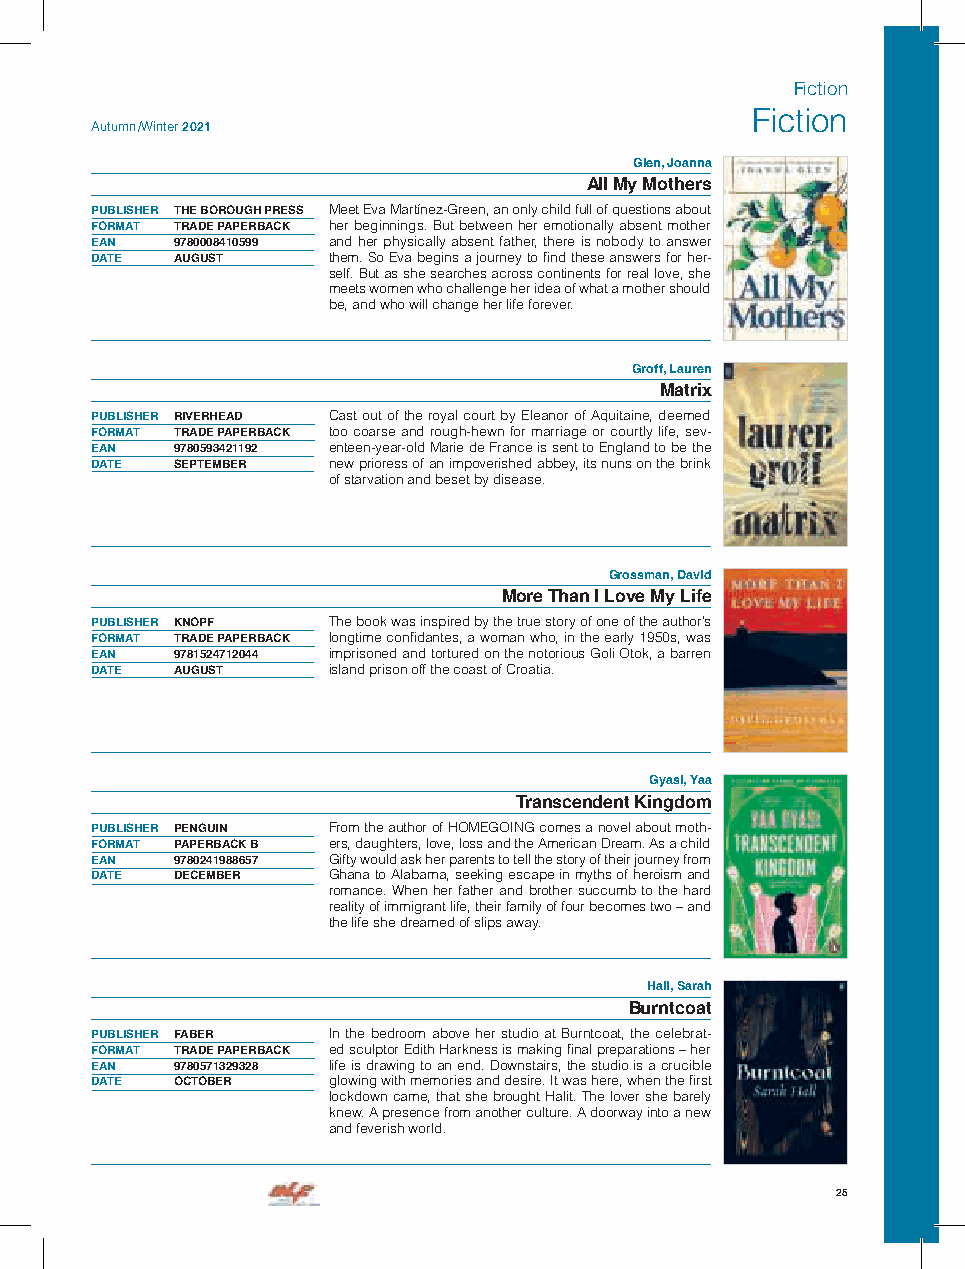
Fiction
 Fiction
 Autumn /Winter 2021
 Glen, Joanna
 All My Mothers
 PUBLISHER THE BOROUGH PRESS Meet Eva Martínez-Green, an only child full of questions about
 FORMAT TRADE PAPERBACK her beginnings. But between her emotionally absent mother
 EAN  9780008410599 and her physically absent father, there is nobody to answer
 DATE AUGUST     them. So Eva begins a journey to find these answers for her-
 self. But as she searches across continents for real love, she
 meets women who challenge her idea of what a mother should
 be, and who will change her life forever.
 Groff, Lauren
 Matrix
 PUBLISHER RIVERHEAD Cast out of the royal court by Eleanor of Aquitaine, deemed
 FORMAT TRADE PAPERBACK too coarse and rough-hewn for marriage or courtly life, sev-
 EAN  9780593421192 enteen-year-old Marie de France is sent to England to be the
 DATE SEPTEMBER  new prioress of an impoverished abbey, its nuns on the brink
 of starvation and beset by disease.
 Grossman, David
 More Than I Love My Life
 PUBLISHER KNOPF The book was inspired by the true story of one of the author’s
 FORMAT TRADE PAPERBACK longtime confidantes, a woman who, in the early 1950s, was
 EAN  9781524712044 imprisoned and tortured on the notorious Goli Otok, a barren
 DATE AUGUST     island prison off the coast of Croatia.
 Gyasi, Yaa
 Transcendent Kingdom
 PUBLISHER PENGUIN From the author of HOMEGOING comes a novel about moth-
 FORMAT PAPERBACK B ers, daughters, love, loss and the American Dream. As a child
 EAN  9780241988657 Gifty would ask her parents to tell the story of their journey from
 DATE DECEMBER   Ghana to Alabama, seeking escape in myths of heroism and
 romance. When her father and brother succumb to the hard
 reality of immigrant life, their family of four becomes two – and
 the life she dreamed of slips away.
 Hall, Sarah
 Burntcoat
 PUBLISHER FABER In the bedroom above her studio at Burntcoat, the celebrat-
 FORMAT TRADE PAPERBACK ed sculptor Edith Harkness is making final preparations – her
 EAN  9780571329328 life is drawing to an end. Downstairs, the studio is a crucible
 DATE OCTOBER    glowing with memories and desire. It was here, when the first
 lockdown came, that she brought Halit. The lover she barely
 knew. A presence from another culture. A doorway into a new
 and feverish world.
 25